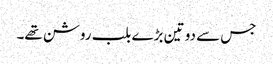
جس سے دو تین بڑے بلب روشن تھے۔